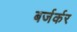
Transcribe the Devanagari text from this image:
बर्जर्कर